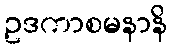
ဥဒကာစမနာနိ